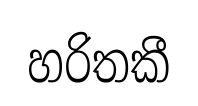
හරිතකී